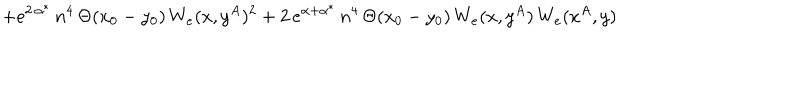
+ e ^ { 2 \, \alpha ^ { * } } \, n ^ { 4 } \, \Theta ( x _ { 0 } - y _ { 0 } ) \, W _ { e } ( x , y ^ { A } ) ^ { 2 } + 2 \, e ^ { \alpha + \alpha ^ { * } } \, n ^ { 4 } \, \Theta ( x _ { 0 } - y _ { 0 } ) \, W _ { e } ( x , y ^ { A } ) \, W _ { e } ( x ^ { A } , y )